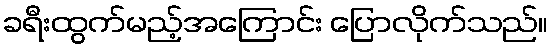
ခရီးထွက်မည့်အကြောင်း ပြောလိုက်သည်။